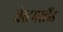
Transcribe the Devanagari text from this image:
वेस्टमरलैंड